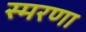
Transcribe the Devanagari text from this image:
स्मरणा